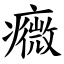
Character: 癓